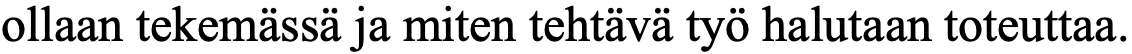
ollaan tekemässä ja miten tehtävä työ halutaan toteuttaa.